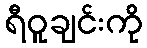
ရီဝူချင်းကို